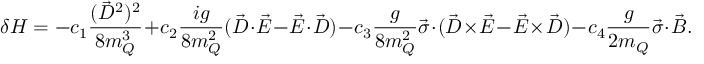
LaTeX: \delta H = - c _ { 1 } \frac { ( \vec { D } ^ { 2 } ) ^ { 2 } } { 8 m _ { Q } ^ { 3 } } + c _ { 2 } \frac { i g } { 8 m _ { Q } ^ { 2 } } ( \vec { D } \cdot \vec { E } - \vec { E } \cdot \vec { D } ) - c _ { 3 } \frac { g } { 8 m _ { Q } ^ { 2 } } \vec { \sigma } \cdot ( \vec { D } \times \vec { E } - \vec { E } \times \vec { D } ) - c _ { 4 } \frac { g } { 2 m _ { Q } } \vec { \sigma } \cdot \vec { B } .